Report on sanitation, dispensaries, and jails in Rajputana for 1916, and on vaccination for the year 1916-1917 - 1916-1917
Year: 1916
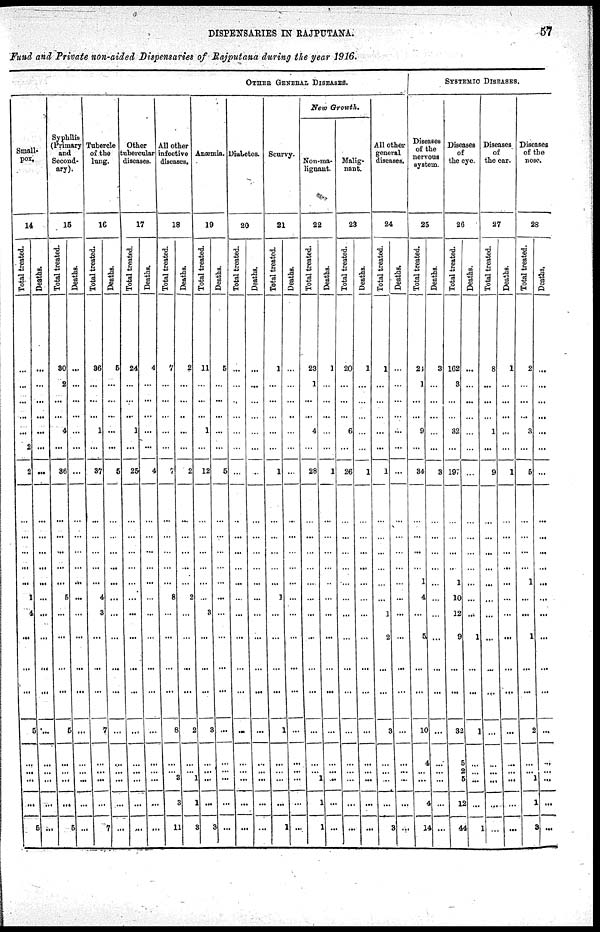
DISPENSARIES IN RAJPUTANA.
57
Fund and Private non-aided Dispensaries of Rajputana during the year 1916.
OTHER GENERAL DISEASES.
Small-
pox.
14
Total treated.
...
...
...
...
...
2
2
...
...
...
...
...
1
4
...
...
...
5
...
...
...
...
5
Deaths.
...
...
...
...
...
...
...
...
...
...
...
...
...
...
...
...
...
...
... ...
...
...
...
Syphilis
(Primary
and
Second-
ary).
15
Total treated.
30
2
...
...
4
...
36
...
...
...
...
...
5
...
...
...
...
5
...
...
...
...
5
Deaths.
...
...
...
...
...
...
...
...
...
...
...
...
...
...
...
...
...
...
...
...
...
...
...
Tubercle
of the
lung.
16
Total treated.
36
...
...
...
1
...
37
...
...
...
...
...
4
3
...
...
...
7
...
...
...
...
7
Deaths.
5
...
...
...
...
...
5
...
...
...
...
...
...
...
...
...
...
...
...
...
...
...
...
Other
tubercular
diseases.
17
Total treated.
24
...
...
...
1
...
25
...
...
...
...
...
...
...
...
...
...
...
...
...
...
...
...
Deaths.
4
...
...
...
...
...
4
...
...
...
...
...
...
...
...
...
...
...
...
...
...
...
...
All other
infective
diseases.
18
Total treated.
7
...
...
...
...
...
7
...
...
...
...
...
8
...
...
...
...
8
...
...
3
3
11
Deaths.
2
...
...
...
...
...
2
...
...
...
...
...
2
...
...
...
...
2
...
...
1
1
3
Anæmia.
19
Total treated.
11
...
...
...
1
...
12
...
...
...
...
...
...
3
...
...
...
3
...
...
...
...
3
Deaths.
5
...
...
...
...
...
5
...
...
...
...
...
...
...
...
...
...
...
...
...
...
...
...
Diabetes.
20
Total treated.
...
...
...
...
...
...
...
...
...
...
...
...
...
...
...
...
...
...
...
...
...
...
...
Deaths.
...
...
...
...
...
...
...
...
...
...
...
...
...
...
...
...
...
...
...
...
...
...
...
Scurvy.
21
Total treated.
1
...
...
...
...
...
1
...
...
...
...
...
1
...
...
...
...
1
...
...
...
...
1
Deaths.
...
...
...
...
...
...
...
...
...
...
...
...
...
...
...
...
...
...
...
...
...
...
...
New Growth.
Non-ma-
lignant.
22
Total treated.
23
1
...
...
4
...
28
...
...
...
...
...
...
...
...
...
...
...
...
...
1
1
1
Deaths.
1
...
...
...
...
...
1
...
...
...
...
...
...
...
...
...
...
...
...
...
...
...
...
Malig-
nant.
23
Total treated.
20
...
...
...
6
...
26
...
...
...
...
...
...
...
...
...
...
...
...
...
...
...
...
Deaths.
1
...
...
...
...
...
1
...
...
...
...
...
...
...
...
...
...
...
...
...
...
...
...
All other
general
diseases.
24
Total treated.
1
...
...
...
...
...
1
...
...
...
...
...
...
1
2
...
...
3
...
...
...
...
3
Deaths.
...
...
...
...
...
...
...
...
...
...
...
...
...
...
...
...
...
...
...
...
...
...
...
SYSTEMIC DISEASES.
Diseases
of the
nervous
system.
25
Total treated.
24
1
...
...
9
...
34
...
...
...
...
1
4
...
5
...
...
10
4
...
...
4
14
Deaths.
3
...
...
...
...
...
3
...
...
...
...
...
...
...
...
...
...
...
...
...
...
...
...
Diseases
of
the eye.
26
Total treated.
162
3
...
...
32
...
197
...
...
...
...
1
10
12
9
...
...
32
5
2
5
12
44
Deaths.
...
...
...
...
...
...
...
...
...
...
...
...
...
...
1
...
...
1
...
...
...
...
1
Diseases
of
the ear.
27
Total treated.
8
...
...
...
1
...
9
...
...
...
...
...
...
...
...
...
...
...
...
...
...
...
...
Deaths.
1
...
...
...
...
...
1
...
...
...
...
...
...
...
...
...
...
...
...
...
...
...
...
Diseases
of the
nose.
28
Total treated.
2
...
...
...
3
...
5
...
...
...
...
1
...
...
1
...
...
2
...
...
1
1
3
Deaths.
...
...
...
...
...
...
...
...
...
...
...
...
...
...
...
...
...
...
...
...
...
...
...